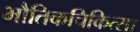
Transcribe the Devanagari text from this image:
भौतिकचिकित्सा